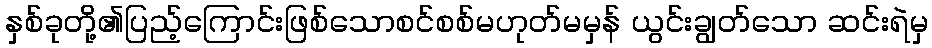
နှစ်ခုတို့၏ပြည့်ကြောင်းဖြစ်သောစင်စစ်မဟုတ်မမှန် ယွင်းချွတ်သော ဆင်းရဲမှ